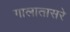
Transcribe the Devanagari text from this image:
गालातासरे